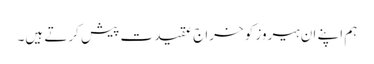
ہم اپنے ان ہیروز کو خراج عقیدت پیش کرتے ہیں۔